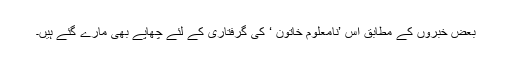
بعض خبروں کے مطابق اس ’نامعلوم خاتون ‘ کی گرفتاری کے لئے چھاپے بھی مارے گئے ہیں۔